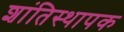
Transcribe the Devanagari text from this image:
शांतिस्थापक